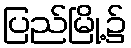
ပြည်မြို့၌